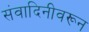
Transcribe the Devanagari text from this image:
संवादिनीवरून